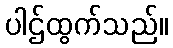
ပါဌ်ထွက်သည်။